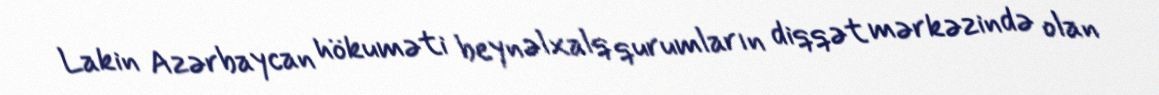
Lakin Azərbaycan hökuməti beynəlxalq qurumların diqqət mərkəzində olan